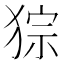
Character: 猔